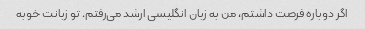
اگر دوباره فرصت داشتم، من به زبان انگلیسی ارشد می‌رفتم. تو زبانت خوبه